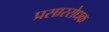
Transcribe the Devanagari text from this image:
प्रसाररोधक